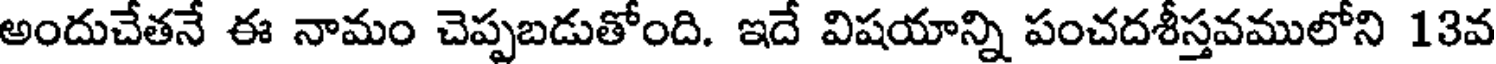
అందుచేతనే ఈ నామం చెప్పబడుతోంది. ఇదే విషయాన్ని పంచదశీస్తవములోని 13వ